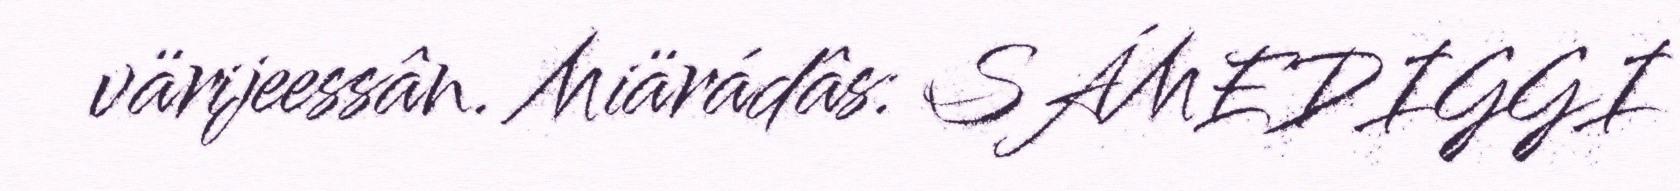
värijeessân. Miärádâs: SÁMEDIGGI